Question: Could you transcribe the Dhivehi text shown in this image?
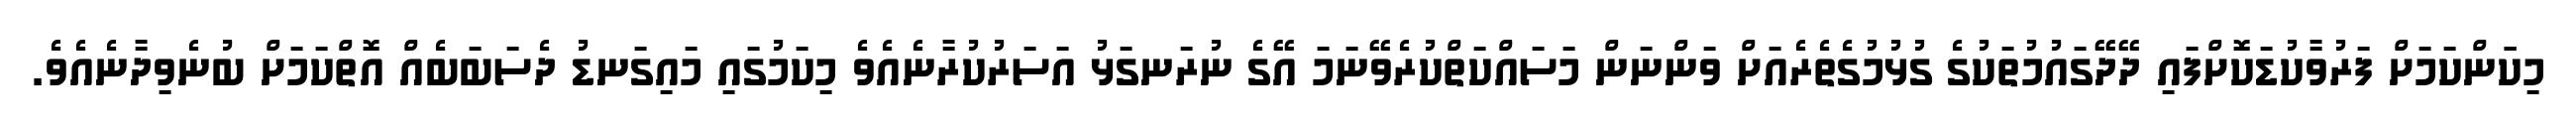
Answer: މިކަަންކަމަށް ފަރުވާކުޑަކޮށްފައި ދޭދޭގައުމުތަކުގެ ގުޅުމުގެތެރެއަށް ވަންނަން މަސައްކަތްކުރެވޭނަމަ އޭގެ ނުރަނގަޅު އަސަރުކުރާނެއެވެ މިކަމުގައި މައިގަނޑު ދެސަބަބެއް އޮތްކަމަށް ބުނެވިދާނެއެވެ.